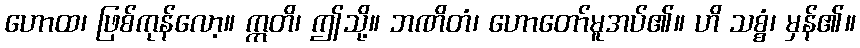
ဟောထ၊ ဖြစ်ကုန်လော့။ ဣတိ၊ ဤသို့။ ဘဏိတံ၊ ဟောတော်မူအပ်၏။ ဟိ သစ္စံ၊ မှန်၏။